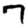
Digit: 7